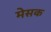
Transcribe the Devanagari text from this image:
मेसक